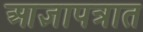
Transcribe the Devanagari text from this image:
आज्ञापत्रात